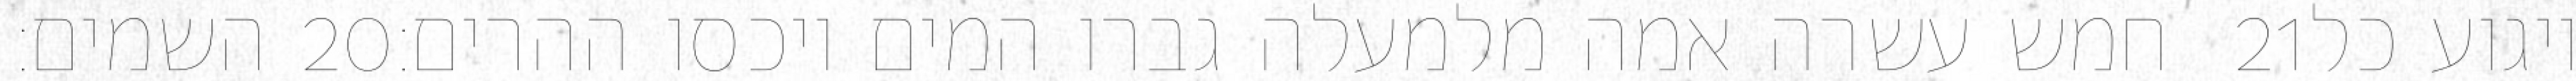
השמים׃ ‎20‏ חמש עשרה אמה מלמעלה גברו המים ויכסו ההרים׃ ‎21‏ ויגוע כל